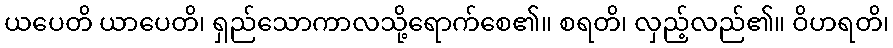
ယပေတိ ယာပေတိ၊ ရှည်သောကာလသို့ရောက်စေ၏။ စရတိ၊ လှည့်လည်၏။ ဝိဟရတိ၊